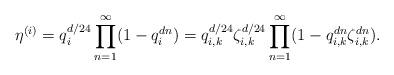
LaTeX: \begin{align*} \eta^{(i)} &= q_{i}^{d/24}\prod_{n=1}^\infty (1-q_i^{dn}) = q_{i,k}^{d/24}\zeta_{i,k}^{d/24}\prod_{n=1}^\infty(1-q_{i,k}^{dn}\zeta_{i,k}^{dn}).\end{align*}